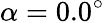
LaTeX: \alpha=0.0^{\circ}